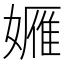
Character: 𱙭